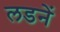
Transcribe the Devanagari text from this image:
लडनें